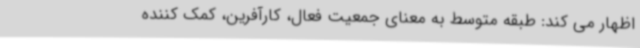
اظهار می کند: طبقه متوسط به معنای جمعیت فعال، کارآفرین، کمک کننده